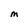
Character: M